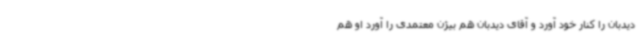
دیدبان را کنار خود آورد و آقای دیدبان هم بیژن معتمدی را آورد او هم